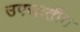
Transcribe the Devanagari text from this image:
उपजातीत